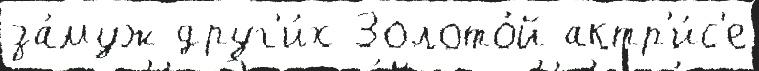
за́муж друг'и́х Золото́й актр'и́с'е